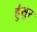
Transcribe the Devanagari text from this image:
हुंसुर